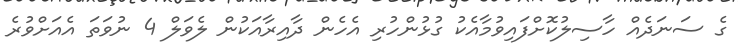
ގެ ސަނަދެއް ހާސިލުކޮށްފައިވުމާއެކު ގުޅުންހުރި އެހެން ދާއިރާއަކުން ލެވަލް 4 ނުވަތަ އެއަށްވުރެ